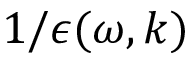
1 / \epsilon ( \omega , \boldsymbol { k } )